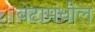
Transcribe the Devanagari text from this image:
बेटामधील